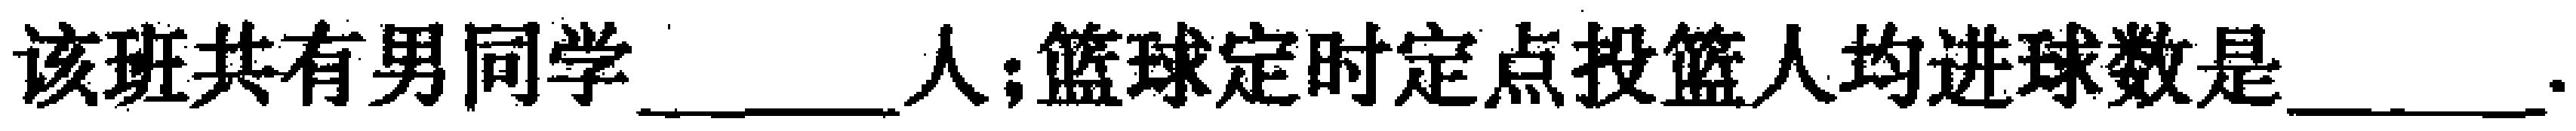
该班共有男同学 \_\_\_ 人；篮球定时定点投篮人均进球数是 \_\_\_ .